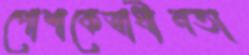
পোশাকেস্বাধীনতা